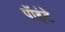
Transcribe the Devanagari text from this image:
पॉइंटे